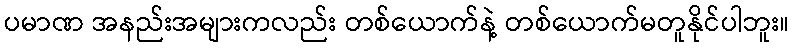
ပမာဏ အနည်းအများကလည်း တစ်ယောက်နဲ့ တစ်ယောက်မတူနိုင်ပါဘူး။